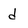
Character: d